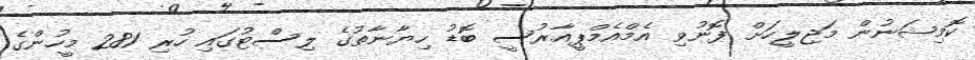
ކޮމިޝަނުން މަޖިލީހަށް ފޮނުވި އެމްއެމްޕީއާރުސީ ބޮޑު ހިޔާނާތުގެ ލިސްޓުގައި ހުރި 281 މީހުންގެ